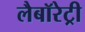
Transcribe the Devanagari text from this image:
लैबॉरेट्री